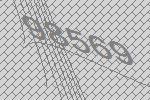
98569